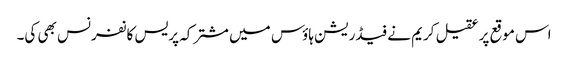
اس موقع پر عقیل کریم نے فیڈریشن ہاؤس میں مشترکہ پریس کانفرنس بھی کی۔